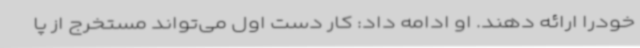
خودرا ارائه دهند. او ادامه داد: کار دست اول می‌تواند مستخرج از پا